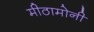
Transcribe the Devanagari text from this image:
मीठामोनी